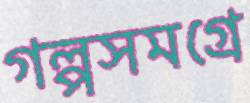
গল্পসমগ্রে